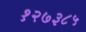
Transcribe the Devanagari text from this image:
१२७३८५